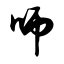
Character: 师